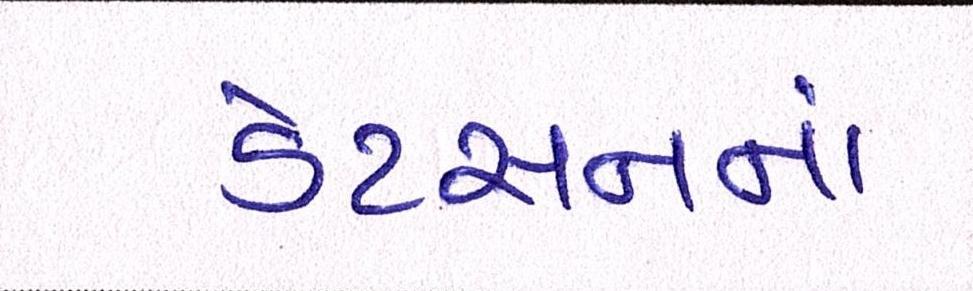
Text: ડેટસનનાં